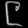
Digit: ၉